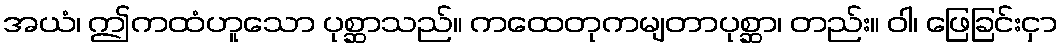
အယံ၊ ဤကထံဟူသော ပုစ္ဆာသည်။ ကထေတုကမျတာပုစ္ဆာ၊ တည်း။ ဝါ၊ ဖြေခြင်းငှာ